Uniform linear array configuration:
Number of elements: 24
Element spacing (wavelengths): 0.75
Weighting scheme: uniform
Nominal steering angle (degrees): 15
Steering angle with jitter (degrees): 14.848
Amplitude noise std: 0.05
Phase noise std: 0.05

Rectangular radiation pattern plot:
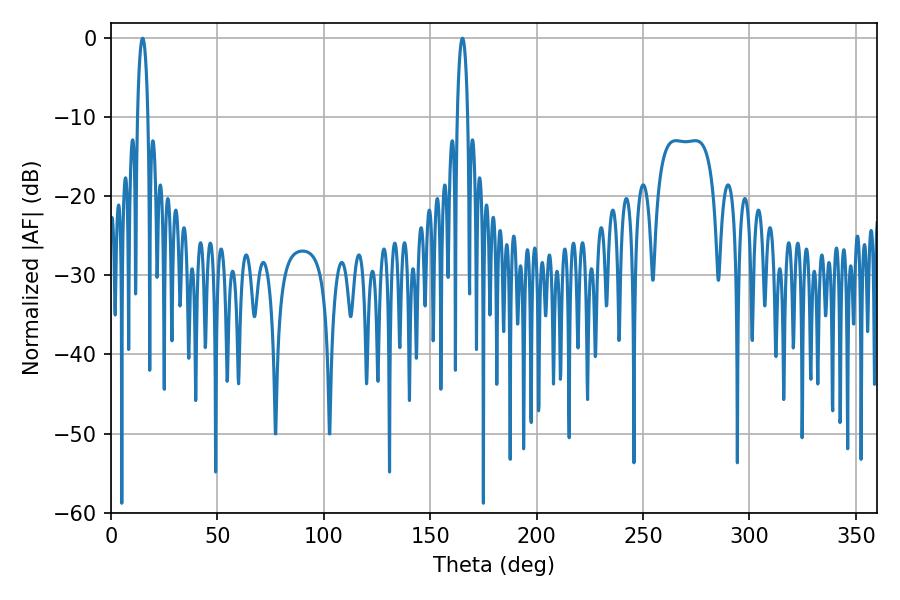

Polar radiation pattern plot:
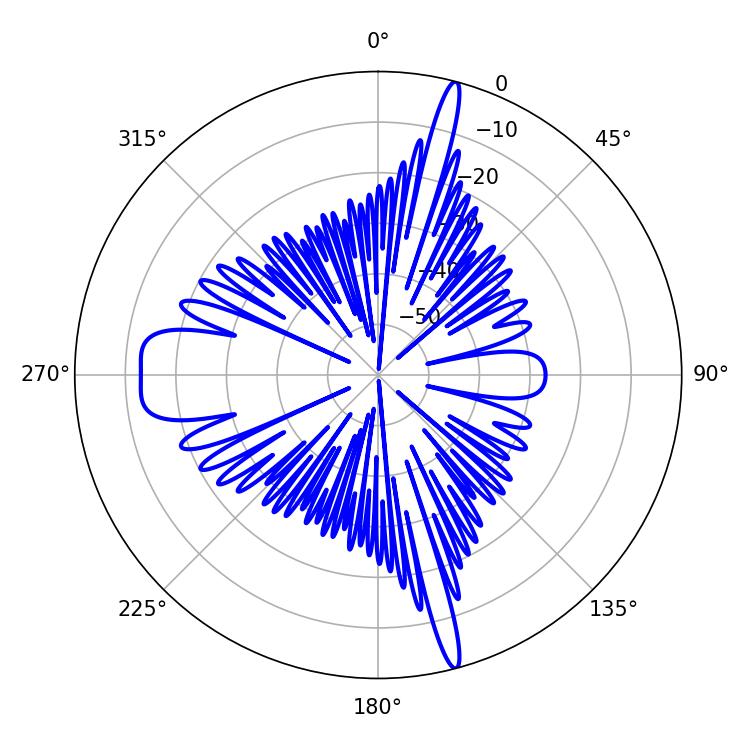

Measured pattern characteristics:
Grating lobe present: TRUE
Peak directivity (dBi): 24.3028
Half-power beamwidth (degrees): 2.7
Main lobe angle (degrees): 165.06